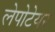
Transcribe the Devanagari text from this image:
लेपोटेयर